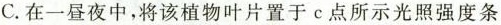
C. 在一昼夜中，将该植物叶片置于c点所示光照强度条